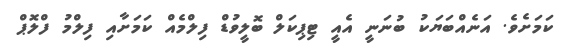
ކަމަށެވެ. އަނެއްބަޔަކު ބުނަނީ އެއީ ޓިޕިކަލް ބޮލީވުޑް ފިލްމެއް ކަމަށާއި ފިލްމު ފްލޮޕް